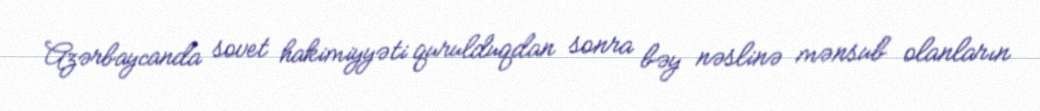
Azərbaycanda sovet hakimiyyəti qurulduqdan sonra bəy nəslinə mənsub olanların